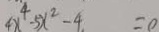
4 x ^ { 4 } - 5 x ^ { 2 } - 4 = 0